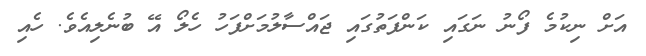
އަށް ނިކުމެ ފޯނު ނަގައި ކަންފަތުގައި ޖައްސާލުމަށްފަހު ހެލޯ އޭ ބުނެލިއެވެ. ހެއި